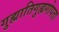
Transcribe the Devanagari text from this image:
गुह्यातिगुह्यगोपता